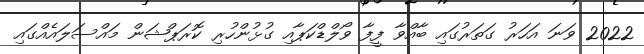
2022 ވަނަ އަހަރު ގަތަރުގައި ބާއްވާ ފީފާ ވޯލްޑްކަޕާއި ގުޅުންހުރި ކޮރަޕްޝަން މައްސަލައެއްގައި